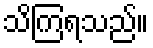
သိကြရသည်။